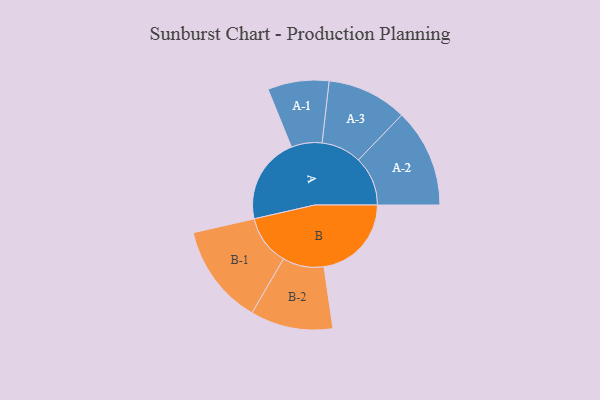
{"axis": {"x": "Segment", "y": "Value"}, "legend": ["", "A", "B"], "data": [{"x": "A", "y": 494, "type": ""}, {"x": "B", "y": 500, "type": ""}, {"x": "A-1", "y": 175, "type": "A"}, {"x": "A-2", "y": 282, "type": "A"}, {"x": "A-3", "y": 229, "type": "A"}, {"x": "B-1", "y": 287, "type": "B"}, {"x": "B-2", "y": 236, "type": "B"}]}